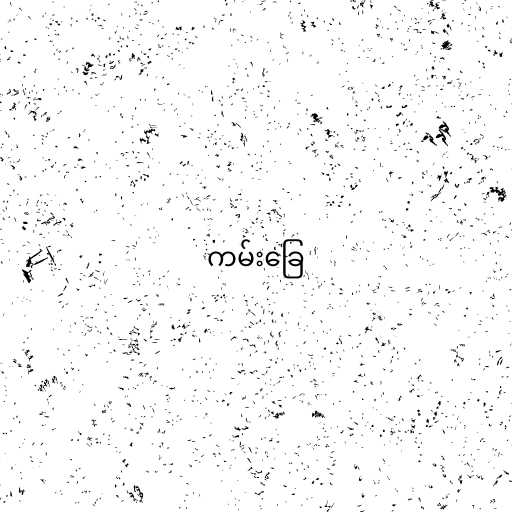
ကမ်းခြေ